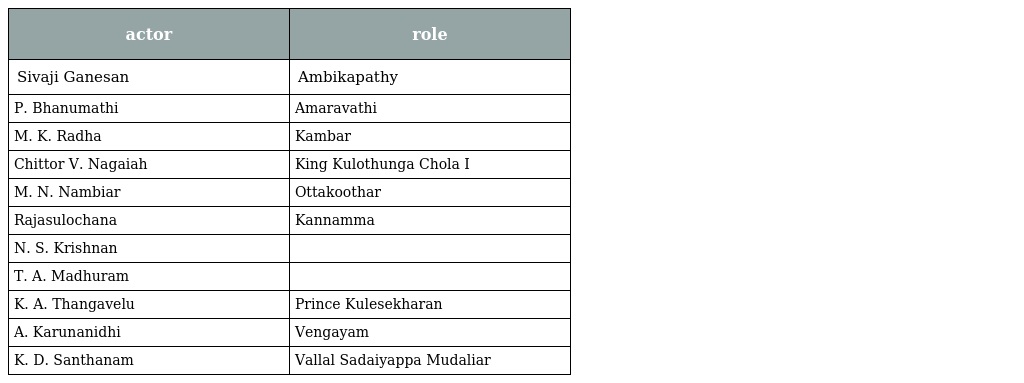
| actor | role |
 | --- | --- |
 | Sivaji Ganesan | Ambikapathy |
 | P. Bhanumathi | Amaravathi |
 | M. K. Radha | Kambar |
 | Chittor V. Nagaiah | King Kulothunga Chola I |
 | M. N. Nambiar | Ottakoothar |
 | Rajasulochana | Kannamma |
 | N. S. Krishnan |  |
 | T. A. Madhuram |  |
 | K. A. Thangavelu | Prince Kulesekharan |
 | A. Karunanidhi | Vengayam |
 | K. D. Santhanam | Vallal Sadaiyappa Mudaliar |